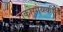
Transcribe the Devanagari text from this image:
रोकोसोव्स्कीने